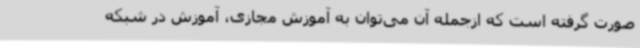
صورت گرفته است که ازجمله آن می‌توان به آموزش مجازی، آموزش در شبکه